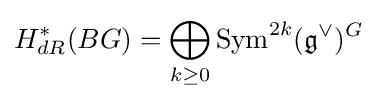
H_{dR}^{*}(BG)=\bigoplus _{k\geq 0}{\text{Sym}}^{2k}({\mathfrak {g}}^{\vee })^{G}